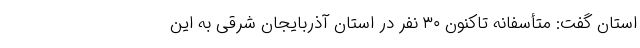
استان گفت: متأسفانه تاکنون ۳۰ نفر در استان آذربایجان شرقی به این